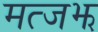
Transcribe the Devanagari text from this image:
मत्जझ